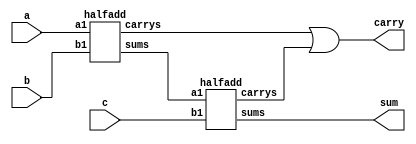
module fulladd (sum,carry,a,b,c);
  input a,b,c;
  output sum,carry;
  wire ot1,ot2,ot3;
  halfadd s1 (.sums(ot1),.carrys(ot2),.a1(a),.b1(b));
  halfadd s2 (.sums(sum),.carrys(ot3),.a1(ot1),.b1(c));
  assign carry =(ot2 | ot3);
endmodule
  
  module halfadd (sums,carrys,a1,b1);
  input a1,b1;
  output sums,carrys;
  assign sums = (a1 ^ b1);
  assign carrys = (a1 & b1);
endmodule